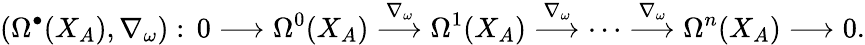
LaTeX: (\Omega^{\bullet}(X_{A}),\nabla_{\omega}):\, 0\longrightarrow\Omega^{0}(X_{A})\overset{\nabla_{\omega}}{\longrightarrow}\Omega^{1}(X_{A})\overset{\nabla_{\omega}}{\longrightarrow}\cdots\overset{\nabla_{\omega}}{\longrightarrow}\Omega^{n}(X_{A})\longrightarrow 0.